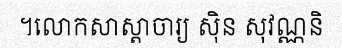
។លោកសាស្តាចារ្យ ស៊ិន សុវណ្ណនិ